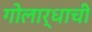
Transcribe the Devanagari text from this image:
गोलार्धाची